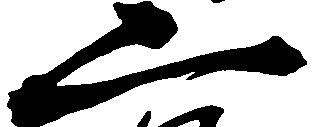
二